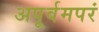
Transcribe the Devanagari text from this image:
अपूर्वमपरं